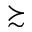
\succsim